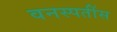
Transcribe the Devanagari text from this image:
वनस्पतींस